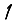
Digit: 1